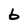
Character: 6